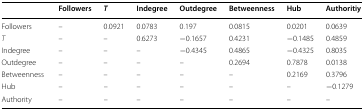
<table><thead><tr><td></td><td><b>Followers</b></td><td><b><i>T</i></b></td><td><b>Indegree</b></td><td><b>Outdegree</b></td><td><b>Betweenness</b></td><td><b>Hub</b></td><td><b>Authoritiy</b></td></tr></thead><tbody><tr><td>Followers</td><td>–</td><td>0.0921</td><td>0.0783</td><td>0.197</td><td>0.0815</td><td>0.0201</td><td>0.0639</td></tr><tr><td><i>T</i></td><td>–</td><td>–</td><td>0.6273</td><td>−0.1657</td><td>0.4231</td><td>−0.1485</td><td>0.4859</td></tr><tr><td>Indegree</td><td>–</td><td>–</td><td>–</td><td>−0.4345</td><td>0.4865</td><td>−0.4325</td><td>0.8035</td></tr><tr><td>Outdegree</td><td>–</td><td>–</td><td>–</td><td>–</td><td>0.2694</td><td>0.7878</td><td>0.0138</td></tr><tr><td>Betweenness</td><td>–</td><td>–</td><td>–</td><td>–</td><td>–</td><td>0.2169</td><td>0.3796</td></tr><tr><td>Hub</td><td>–</td><td>–</td><td>–</td><td>–</td><td>–</td><td>–</td><td>−0.1279</td></tr><tr><td>Authority</td><td>–</td><td>–</td><td>–</td><td>–</td><td>–</td><td>–</td><td>–</td></tr></tbody></table>